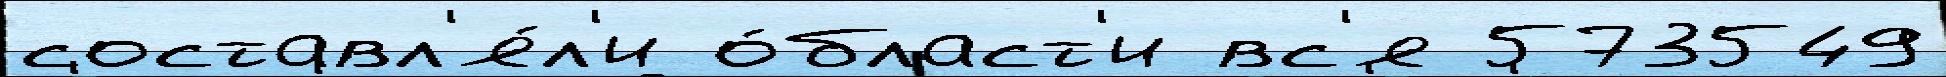
составл'я́л'и о́бласт'и вс'я 573549